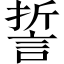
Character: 誓